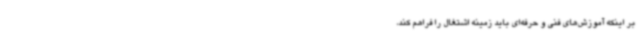
بر اینکه آموزش‌های فنی و حرفه‌ای باید زمینه اشتغال را فراهم کند،